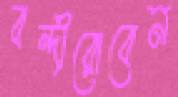
বন্দীরোবেন